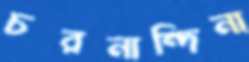
চরনান্দিনা